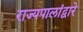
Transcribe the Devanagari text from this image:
राज्यपालांद्वारे